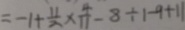
= - 1 + \frac { 1 1 } { 2 } \times \frac { 4 } { 1 1 } - 8 \div 1 - 9 + 1 1